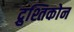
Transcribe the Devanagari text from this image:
द्रुश्तिकोन